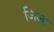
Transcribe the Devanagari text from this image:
जिजा